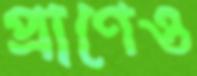
প্রাণেও